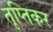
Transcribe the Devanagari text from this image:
तृप्तिकर